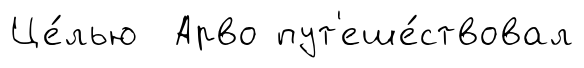
Це́лью Арво пут'еше́ствовал